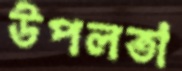
উপলতা